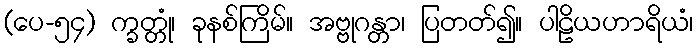
(ပေ-၅၄) က္ခတ္တုံ၊ ခုနစ်ကြိမ်။ အဗ္ဗုဂန္တာ၊ ပြတတ်၍။ ပါဠိယဟာရိယံ၊